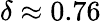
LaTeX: \delta\approx 0.76